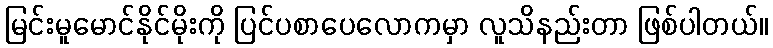
မြင်းမူမောင်နိုင်မိုးကို ပြင်ပစာပေလောကမှာ လူသိနည်းတာ ဖြစ်ပါတယ်။